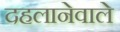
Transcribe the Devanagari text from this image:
दहलानेवाले